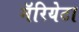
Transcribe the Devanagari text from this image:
मॅरियेटा